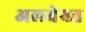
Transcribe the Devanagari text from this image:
अल्ब्रेख्त